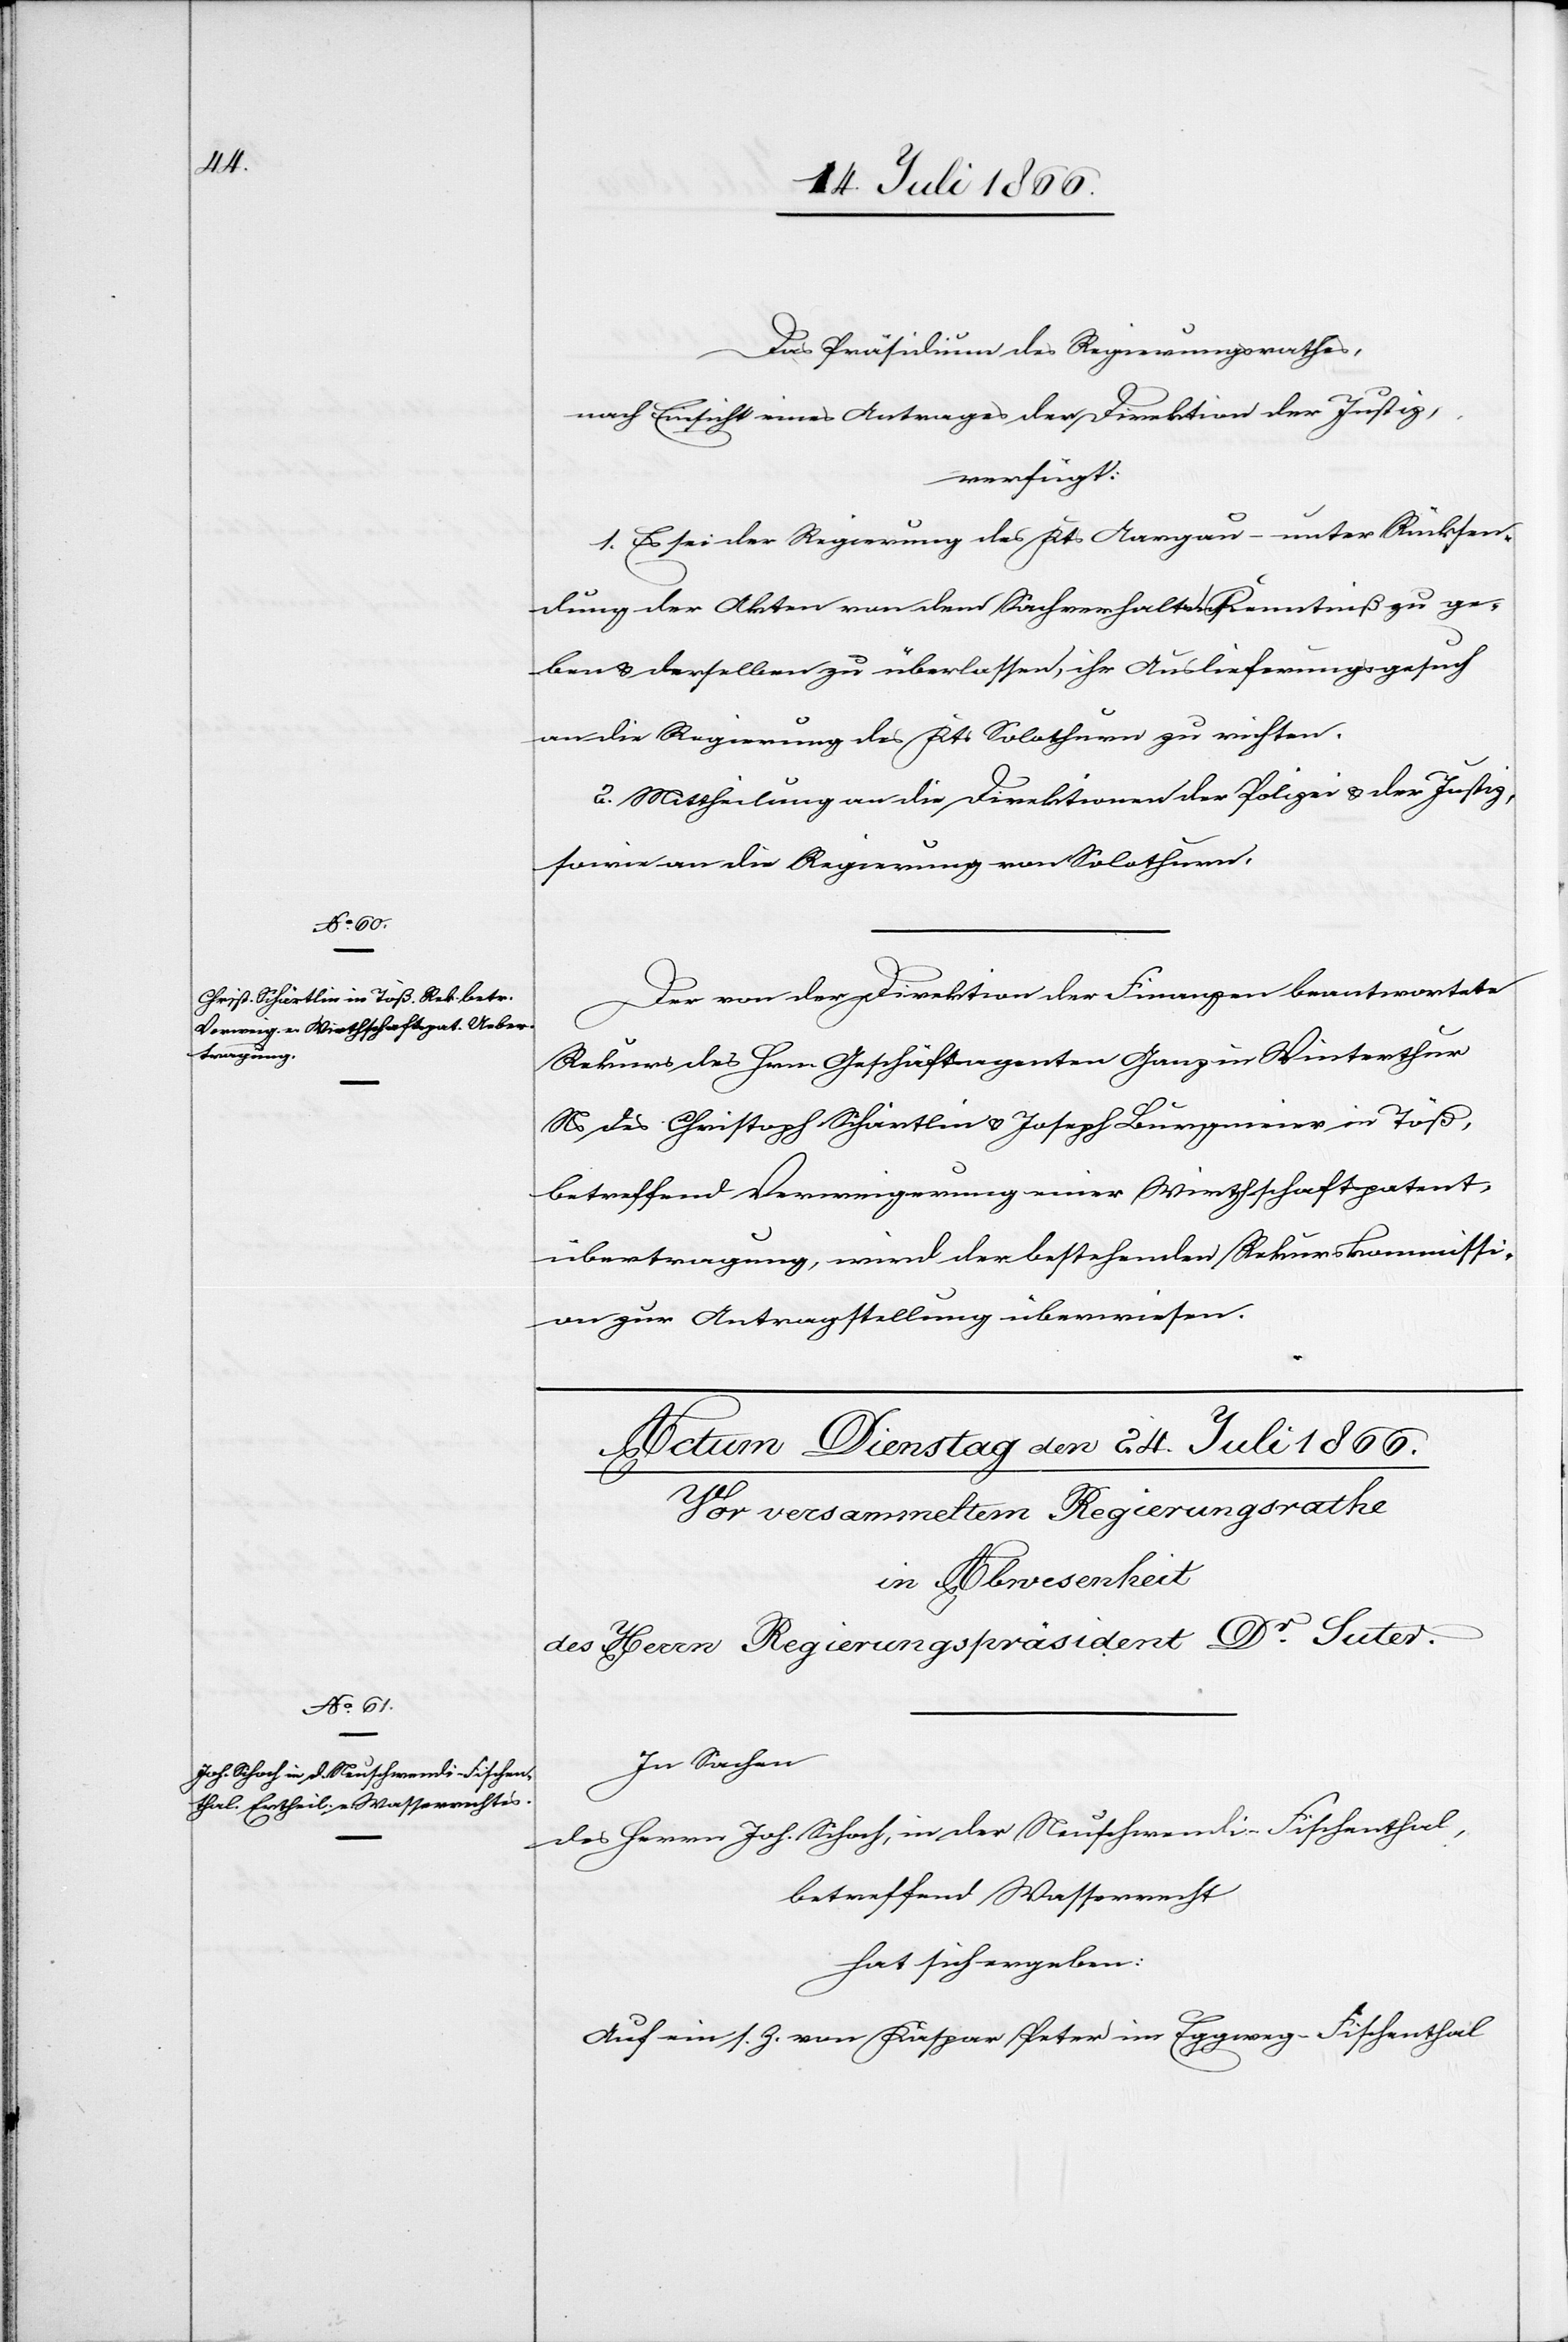
23. Juli 1866.]
Das Präsidium des Regierungsrathes,
nach Einsicht eines Antrages der Direktion der Justiz,
verfügt:
1. Es sei der Regierung des Kts. Aargau – unter Rückstel¬
lung der Akten von dem Sachverhalte Kenntniß zu ge¬
ben u. derselben zu überlassen, ihr Auslieferungsgesuch
an die Regierung des Kts. Solothurn zu richten.
2. Mittheilung an die Direktionen der Polizei u. der Justiz,
sowie an die Regierung von Solothurn.
Der von der Direktion der Finanzen beantwortete
Rekurs des Hrn. Geschäftsagenten Ganz in Winterthur
Ns des Christoph Schärtlin u. Joseph Burgmeier in Töß,
betreffend Verweigerung einer Wirthschaftspatent¬
übertragung, wird der bestehenden Rekurskommissi¬
on zur Antragstellung überwiesen.
In Sachen
des Herrn Joh. Schoch, in der Neuschwendi Fischenthal,
betreffend Wasserrecht
hat sich ergeben:
Auf ein s. Z. von Kaspar Peter im Eggweg-Fischenthal